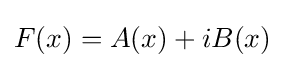
F(x)=A(x)+iB(x)